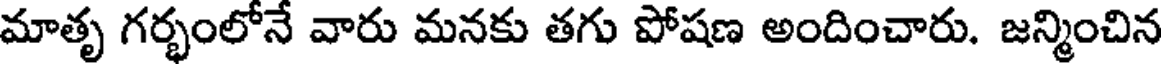
మాతృ గర్భంలోనే వారు మనకు తగు పోషణ అందించారు. జన్మించిన